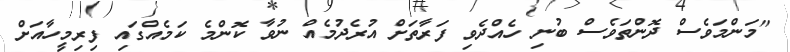
"މަންމަވެސް ދޮންތަވެސް ބުނި ހެއްދެވި ފަރާތަށް އުރެދުމެއް ނުވާ ކޮންމެ ކަމެއްގައި ފިރިމީހާއަށް